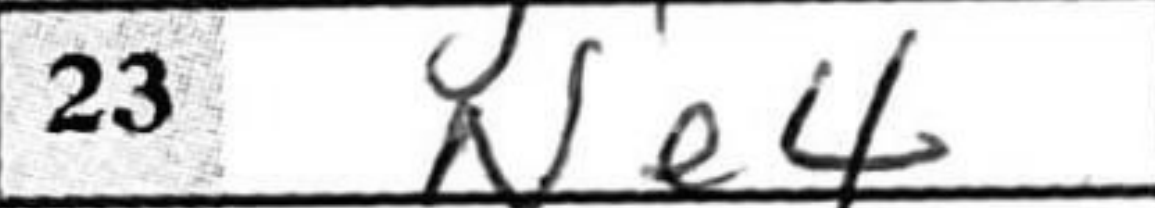
Transcription: Ne4